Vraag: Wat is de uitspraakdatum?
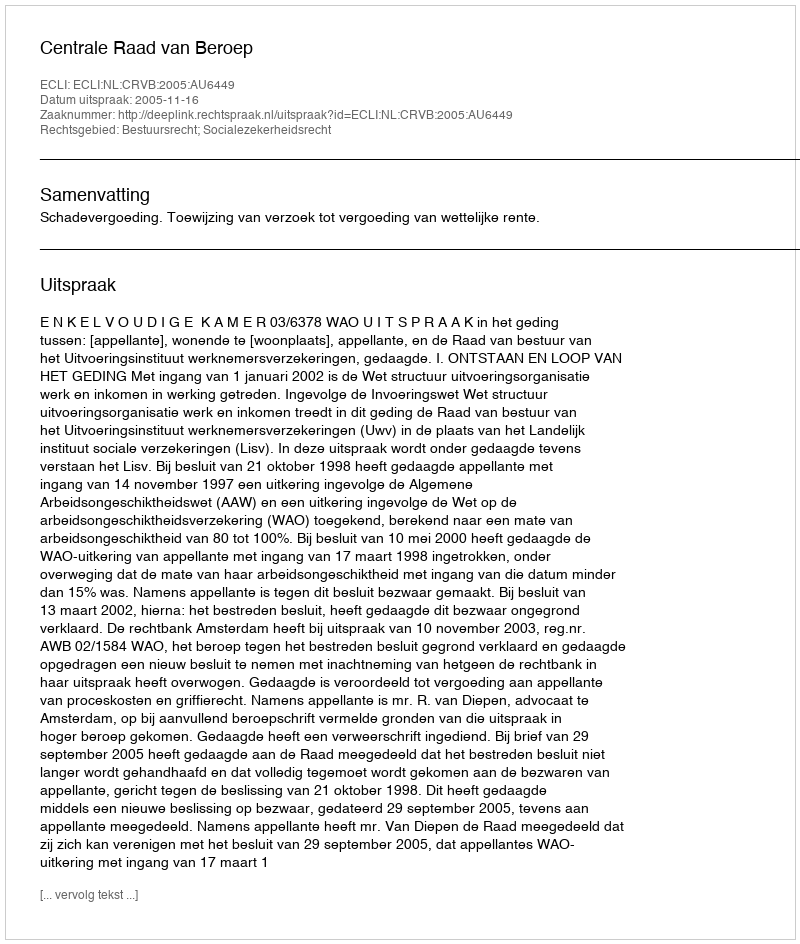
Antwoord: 2005-11-16